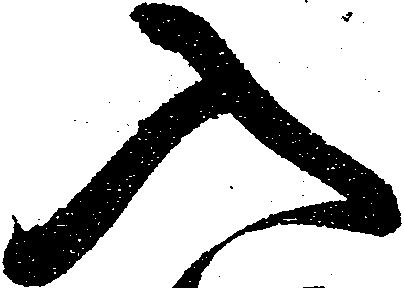
入